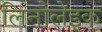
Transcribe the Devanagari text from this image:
लिनोलेइक